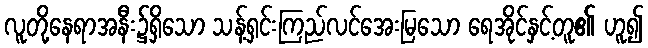
လူတို့နေရာအနီး၌ရှိသော သန့်ရှင်းကြည်လင်အေးမြသော ရေအိုင်နှင့်တူ၏ ဟူ၍